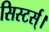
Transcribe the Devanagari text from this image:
सिस्टर्स्।